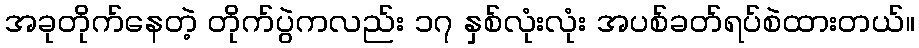
အခုတိုက်နေတဲ့ တိုက်ပွဲကလည်း ၁၇ နှစ်လုံးလုံး အပစ်ခတ်ရပ်စဲထားတယ်။